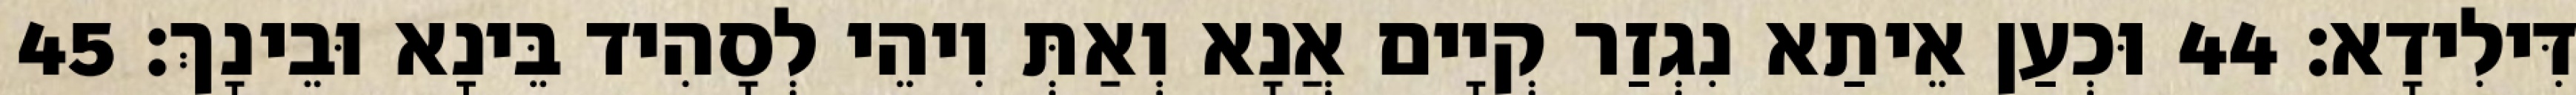
דִּילִידָא׃ 44 וּכְעַן אֵיתַא נִגְזַר קְיָים אֲנָא וְאַתְּ וִיהֵי לְסָהִיד בֵּינָא וּבֵינָךְ׃ 45